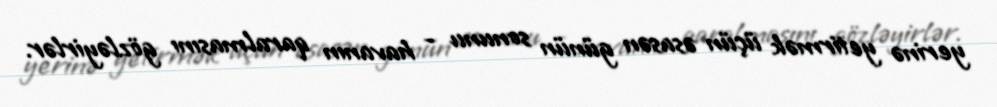
yerinə yetirmək üçün əsasən günün sonunu - havanın qaralmasını gözləyirlər.